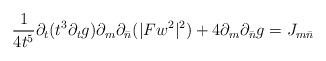
LaTeX: \begin{align*}\frac{1}{4t^5} \partial_t (t^3 \partial_t g) \partial_m \partial_{\bar{n}}(|Fw^2|^2) + 4 \partial_m \partial_{\bar{n}} g = J_{m \bar{n}}\end{align*}